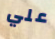
علي